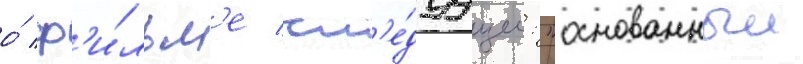
о́ ф'и́льм'е сл'е́дуущее: "основанныи